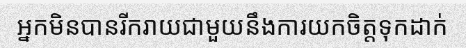
អ្នកមិនបានរីករាយជាមួយនឹងការយកចិត្តទុកដាក់